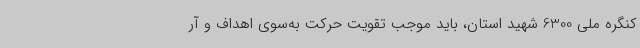
کنگره ملی 6300 شهید استان، باید موجب تقویت حرکت به‌سوی اهداف و آر